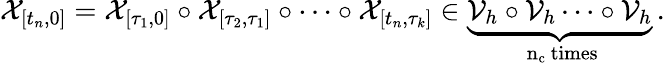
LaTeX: \mathcal{X}_{[t_{n},0]}=\mathcal{X}_{[\tau_{1},0]}\circ\mathcal{X}_{[\tau_{2},\tau_{1}]}\circ\dots\circ\mathcal{X}_{[t_{n},\tau_{k}]}\in\underbrace{\mathcal{V}_{h}\circ\mathcal{V}_{h}\dots\circ\mathcal{V}_{h}}_{\mathrm{~n_c~times}}\, .